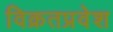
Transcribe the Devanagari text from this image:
विक्रतप्रवेश